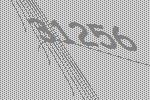
31256